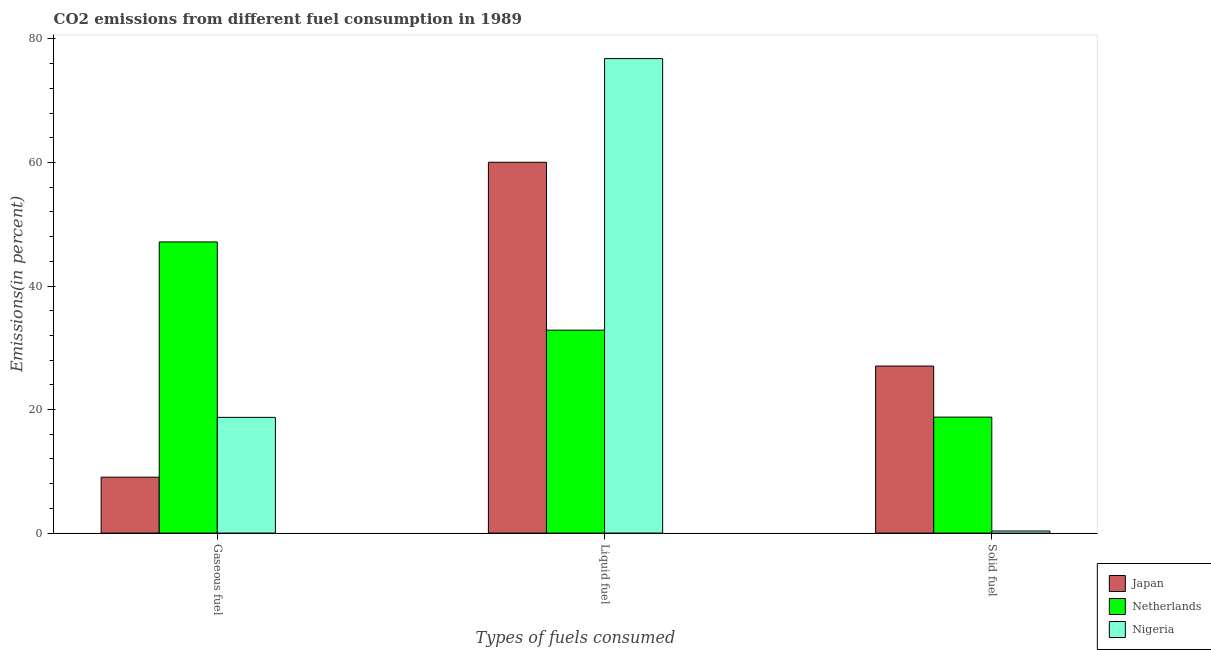
| Types of fuels consumed | Japan | Netherlands | Nigeria |
 | --- | --- | --- | --- |
 | Gaseous fuel | 9.05 | 47.1 | 18.7 |
 | Liquid fuel | 60 | 32.9 | 76.8 |
 | Solid fuel | 27 | 18.8 | 0.337 |